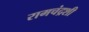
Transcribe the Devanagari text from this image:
रामचंद्रशी